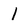
Character: 1